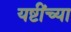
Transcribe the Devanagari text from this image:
यष्टींच्या